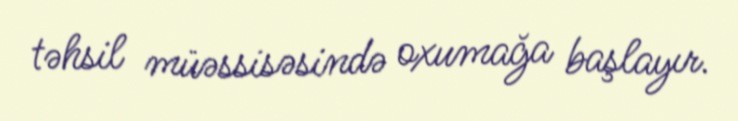
təhsil müəssisəsində oxumağa başlayır.